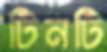
টিনটি